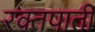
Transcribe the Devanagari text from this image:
रक्तपाती